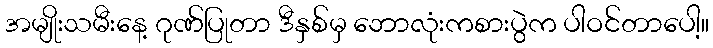
အမျိုးသမီးနေ့ ဂုဏ်ပြုတာ ဒီနှစ်မှ ဘောလုံးကစားပွဲက ပါဝင်တာပေါ့။